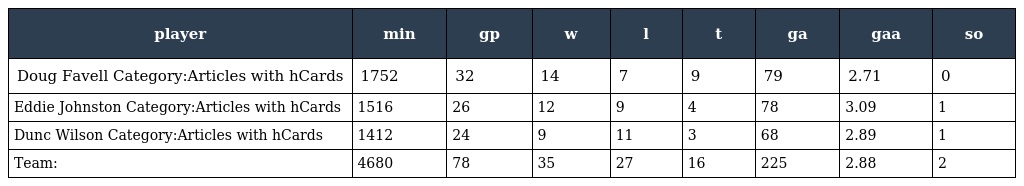
| player | min | gp | w | l | t | ga | gaa | so |
 | --- | --- | --- | --- | --- | --- | --- | --- | --- |
 | Doug Favell Category:Articles with hCards | 1752 | 32 | 14 | 7 | 9 | 79 | 2.71 | 0 |
 | Eddie Johnston Category:Articles with hCards | 1516 | 26 | 12 | 9 | 4 | 78 | 3.09 | 1 |
 | Dunc Wilson Category:Articles with hCards | 1412 | 24 | 9 | 11 | 3 | 68 | 2.89 | 1 |
 | Team: | 4680 | 78 | 35 | 27 | 16 | 225 | 2.88 | 2 |